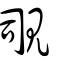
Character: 覗